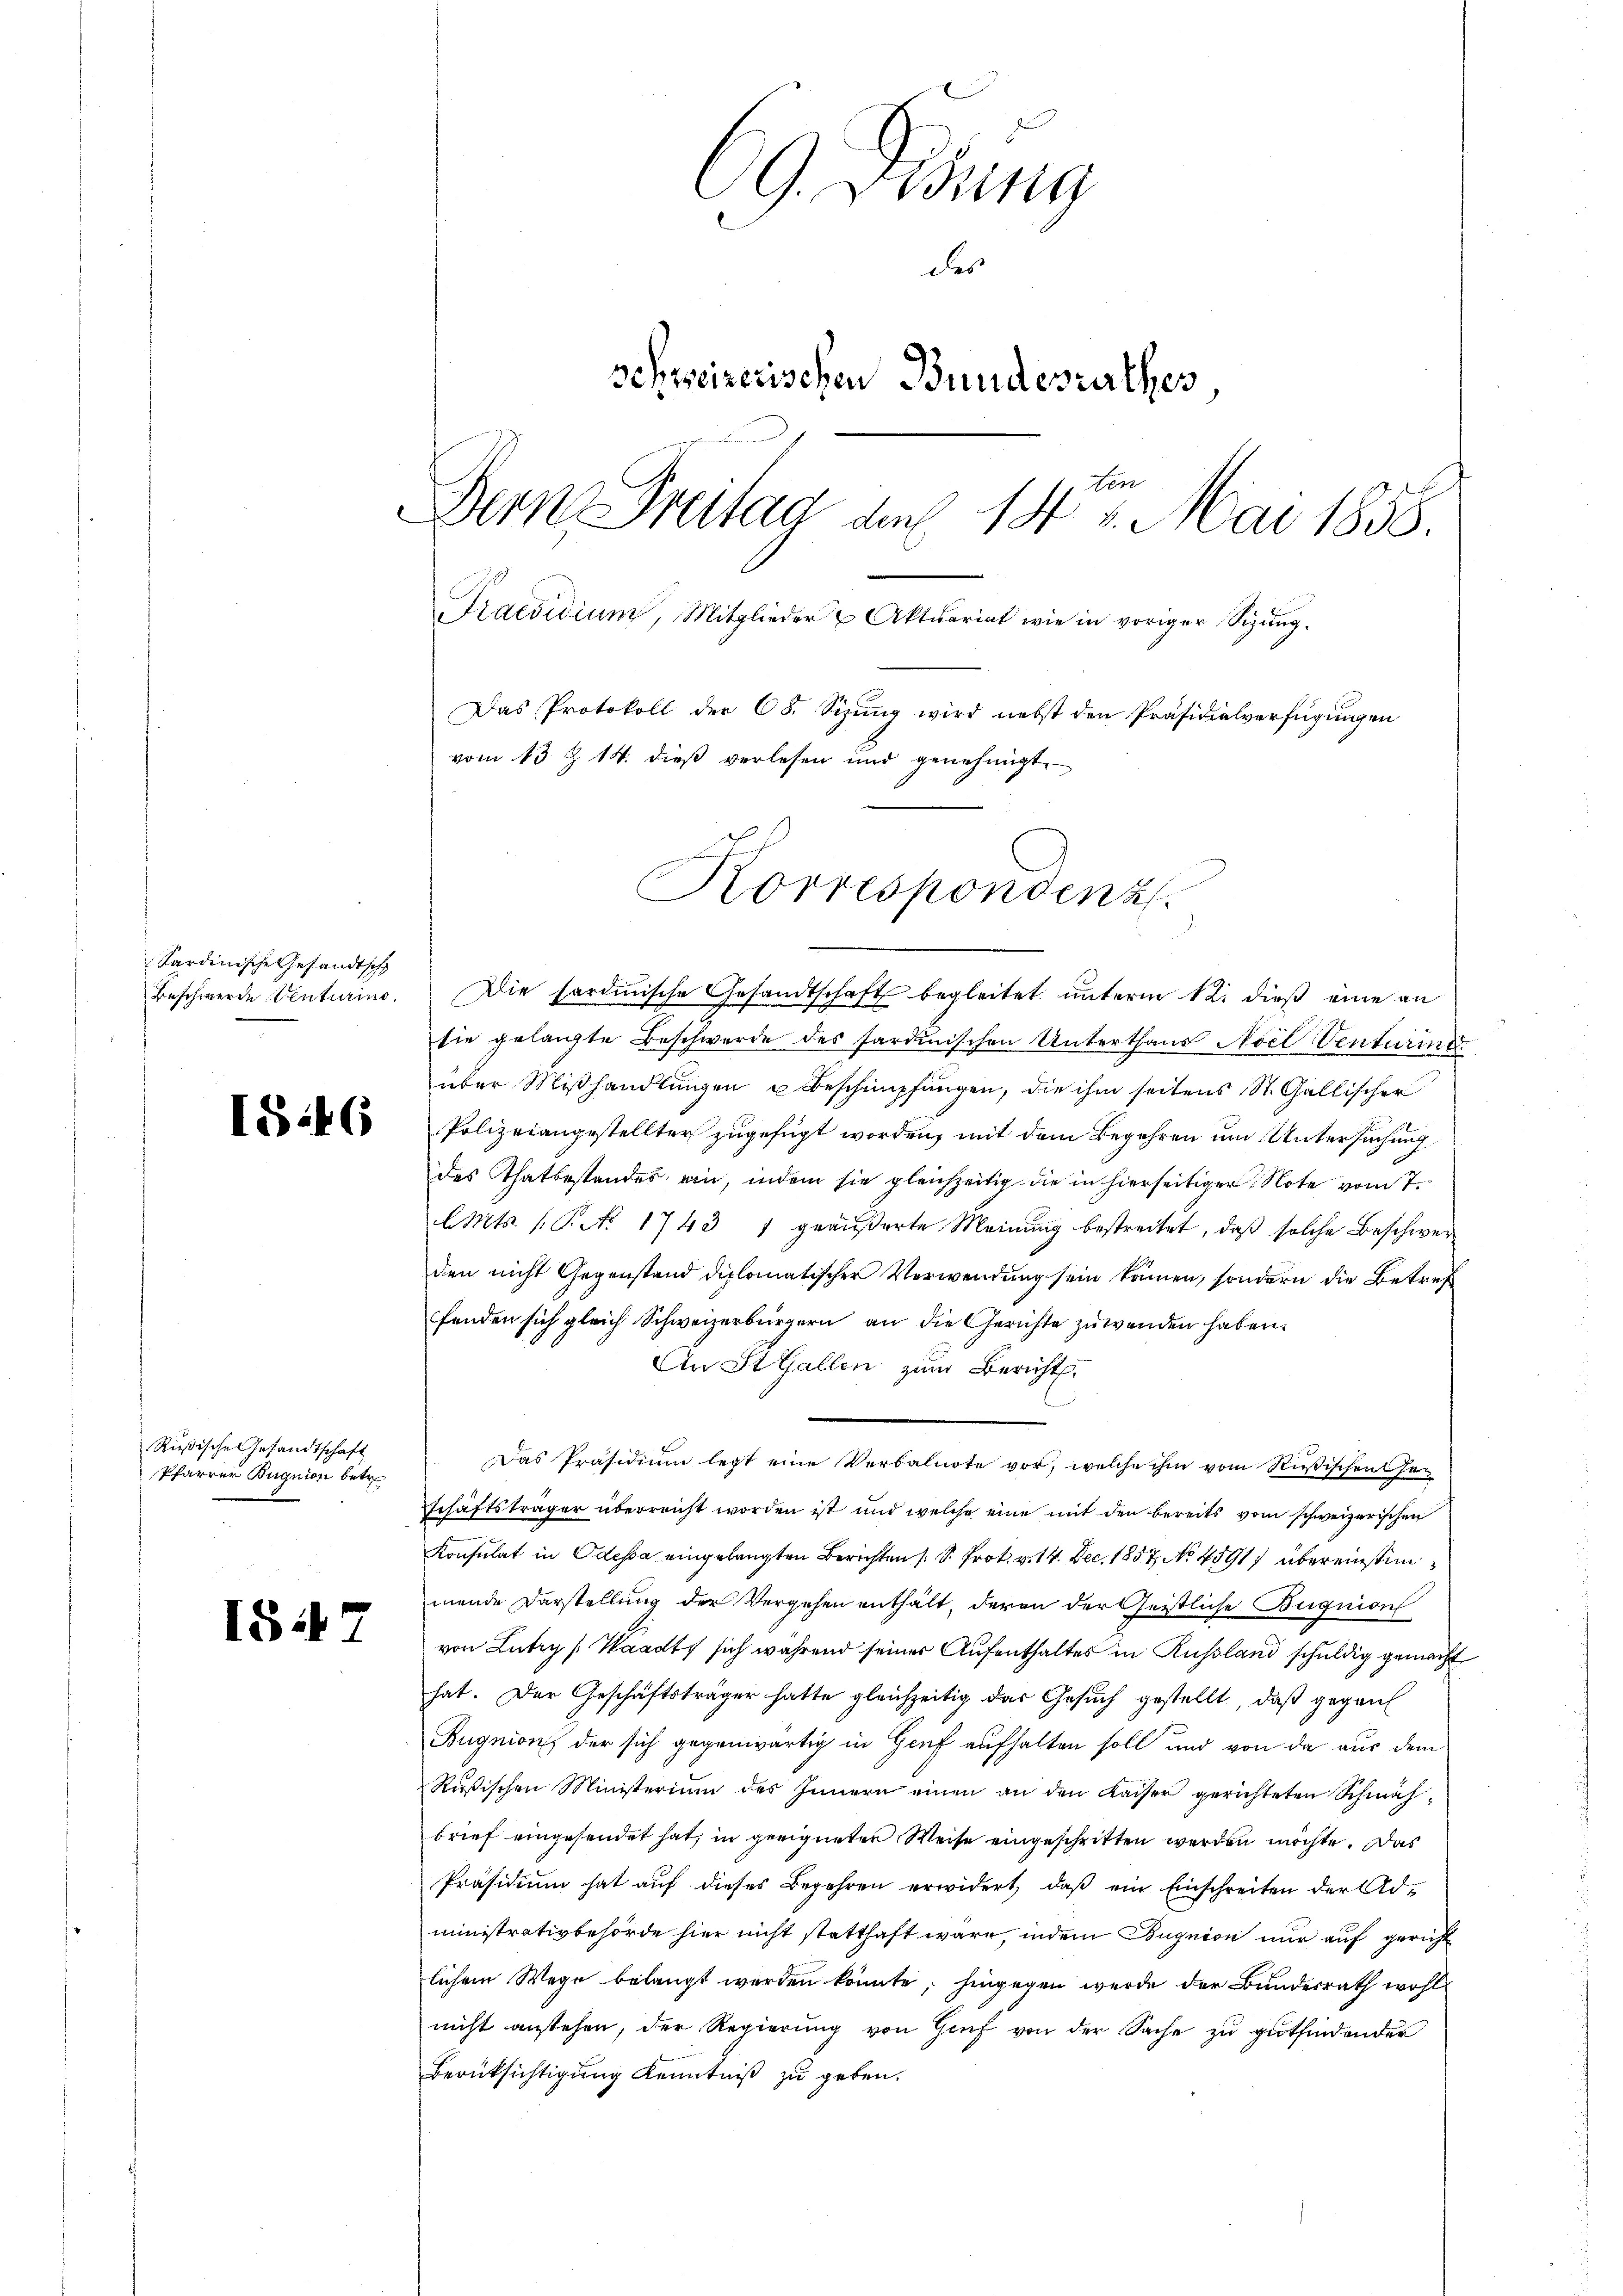
Kardinische Gesandtsch

I546

Rußische Gesandtschaft
Pfarrer Bugnion betr.

IS. 7

69. Disung
des
schweizerischen Bundesrathes
Bern Freitag des 14. Mai 1858.
Praesidium, Mitglieder u Aktuariat wie in voriger Sigŭng.
Das Protokoll der 68. Sizung wird nebst den Präsidialverfügungen
vom 13 Z. 14. dieß verlesen und genehmigt.

Beschwerde Venturino. Die sardinische Gesandtschaft begleitet unterm 12. dieß eine an
sie gelangte Beschwerde des sardinischen Unterthaus Aoel Venturind
über Mißhandlungen u Beschimpfungen, die ihm seitens St. Gallischer
Polizeiangestellter zugefügt worden, mit dem Begehren um Untersuchung
des Thatbestandes ein, indem sie gleichzeitig die in hierseitiger Note vom 7.
Mts. (T. No. 1743 1 geäußerte Meinŭng bestreitet, daß solche Beschwerden nicht Gegenstand diplomatischer Verwendung sein können, sondern die Betreffenden sich gleich Schweizerbürgern an die Gerichte zuwenden haben.
An St. Gallen zum Bericht.
Das Präsidium legt eine Verbalnote vor, welche ihm vom Rußischen Ge¬
Schäftsträger überreicht worden ist und welche eine mit den bereits vom schweizerischen
Konsulat in Odessa eingelangten Berichten (S. Prot. v. 14. Dec. 1857, No 4591) übereinstimmende Darstellung der Vergehen enthält, deren der Geistliche Begnion
von Lutry (Waadt sich während seiner Aufenthaltes in Russland schuldig gemacht
hat. Der Geschäftsträger hatte gleichzeitig das Gesŭch gestellt, daß gegen
Bugnion der sich gegenwärtig in Genf aufhalten soll und von da aus dem
Rußischen Ministerium des Innern einen an den Kaiser gerichteten Schmähbrief eingesendet hat, in geeigneten Weise eingeschritten werden möchte. Das
Präsidium hat auf dieses Begehren erwidert, daß ein Einschreiten der Administrativbehörde hier nicht statthaft wäre, indem Bugnion nur auf gericht
lichem Wege belangt werden könnte, hingegen wurde der Bundesrath wohl
nicht anstehen, der Regierung von Zinf von der Sache zu gutfindender
Berücksichtigung Kenntniß zu geben.

Korrespondenz